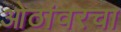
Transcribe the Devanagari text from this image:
ओठांवरचा